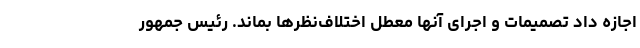
اجازه داد تصمیمات و اجرای آنها معطل اختلاف‌نظرها بماند. رئیس جمهور